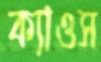
ক্যাওস